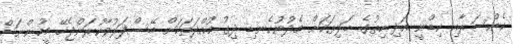
ކެންސަރާއި ކިޑްނީ އަދި ހިތުގެ ބަލިތަކަށް މެދުނުކެނޑި ދިގު މުއްދަތަކަށް ބޭސްފަރުވާކުރަންޖެހޭ މީހުންނަށް